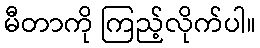
မီတာကို ကြည့်လိုက်ပါ။